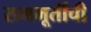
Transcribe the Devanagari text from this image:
राममूर्तीची